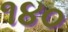
૧૪૦